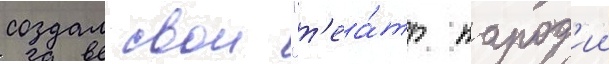
создал свои "т'еа́тр парод'ии